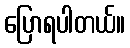
ပြောရပါတယ်။